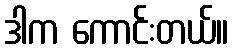
ဒါက ကောင်းတယ်။